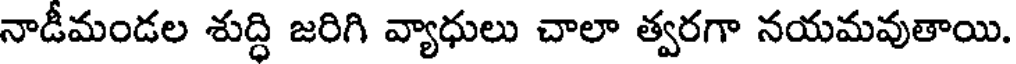
నాడీమండల శుద్ధి జరిగి వ్యాధులు చాలా త్వరగా నయమవుతాయి.